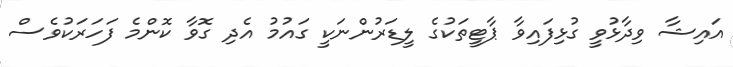
އައިޝާ ވިދާޅުވީ ގުޅިފައިވާ ޕާޓީތަކުގެ ލީޑަރުންނަކީ ގައުމު އެދި ގޮވާ ކޮންމެ ފަހަރަކުވެސް